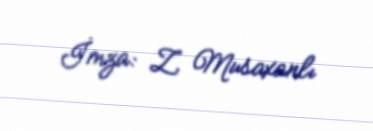
İmza: Z. Musaxanlı